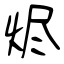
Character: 烬